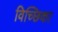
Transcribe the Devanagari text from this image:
विच्छिका